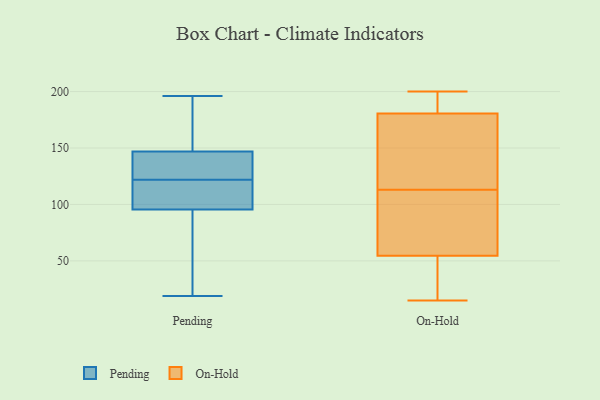
{"axis": {"x": "Headcount", "y": "Value"}, "legend": ["On-Hold", "Pending"], "data": [{"x": "", "y": 148, "type": "Pending"}, {"x": "", "y": 181, "type": "Pending"}, {"x": "", "y": 19, "type": "Pending"}, {"x": "", "y": 94, "type": "Pending"}, {"x": "", "y": 55, "type": "Pending"}, {"x": "", "y": 174, "type": "Pending"}, {"x": "", "y": 117, "type": "Pending"}, {"x": "", "y": 144, "type": "Pending"}, {"x": "", "y": 122, "type": "Pending"}, {"x": "", "y": 122, "type": "Pending"}, {"x": "", "y": 136, "type": "Pending"}, {"x": "", "y": 133, "type": "Pending"}, {"x": "", "y": 62, "type": "Pending"}, {"x": "", "y": 100, "type": "Pending"}, {"x": "", "y": 196, "type": "Pending"}, {"x": "", "y": 31, "type": "On-Hold"}, {"x": "", "y": 27, "type": "On-Hold"}, {"x": "", "y": 179, "type": "On-Hold"}, {"x": "", "y": 126, "type": "On-Hold"}, {"x": "", "y": 193, "type": "On-Hold"}, {"x": "", "y": 30, "type": "On-Hold"}, {"x": "", "y": 106, "type": "On-Hold"}, {"x": "", "y": 95, "type": "On-Hold"}, {"x": "", "y": 84, "type": "On-Hold"}, {"x": "", "y": 173, "type": "On-Hold"}, {"x": "", "y": 120, "type": "On-Hold"}, {"x": "", "y": 87, "type": "On-Hold"}, {"x": "", "y": 190, "type": "On-Hold"}, {"x": "", "y": 155, "type": "On-Hold"}, {"x": "", "y": 15, "type": "On-Hold"}, {"x": "", "y": 22, "type": "On-Hold"}, {"x": "", "y": 182, "type": "On-Hold"}, {"x": "", "y": 188, "type": "On-Hold"}, {"x": "", "y": 78, "type": "On-Hold"}, {"x": "", "y": 200, "type": "On-Hold"}]}